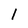
Character: 1